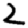
Digit: 2